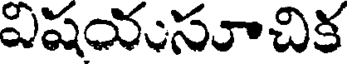
విషయసూచిక